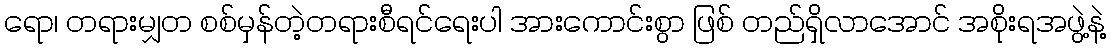
ရော၊ တရားမျှတ စစ်မှန်တဲ့တရားစီရင်ရေးပါ အားကောင်းစွာ ဖြစ် တည်ရှိလာအောင် အစိုးရအဖွဲ့နဲ့